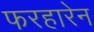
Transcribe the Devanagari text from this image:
फरहारेन